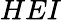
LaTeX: HEI